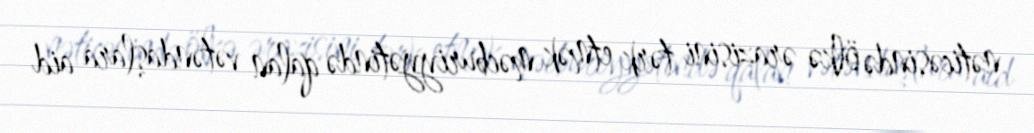
nəticəsində ölkə ərazisini tərk etmək məcburiyyətində qalan vətəndaşlara aid